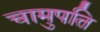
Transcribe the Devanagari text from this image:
चामुपति